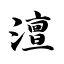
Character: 澶